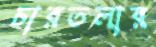
চারতলার